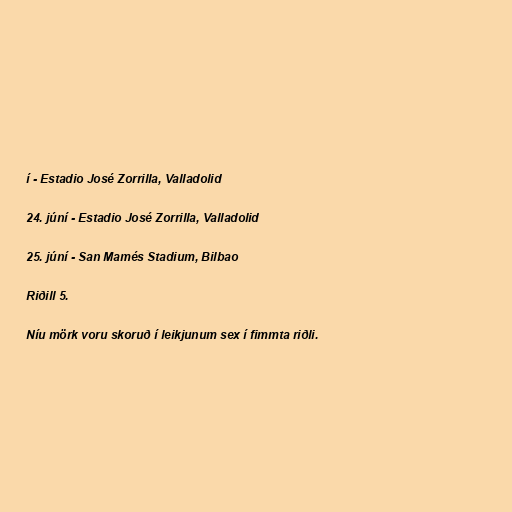
í - Estadio José Zorrilla, Valladolid

24. júní - Estadio José Zorrilla, Valladolid

25. júní - San Mamés Stadium, Bilbao

Riðill 5.

Níu mörk voru skoruð í leikjunum sex í fimmta riðli.